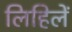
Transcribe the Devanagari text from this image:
लिहिलें